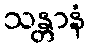
သန္တာနံ